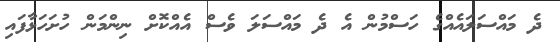
ދެ މައްސަލައެއްގެ ހަސްމުން އެ ދެ މައްސަލަ ވެސް އެއްކޮށް ނިންމަން ހުށަހަޅާފައި